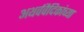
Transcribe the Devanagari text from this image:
अथर्ववैदिकांच्या